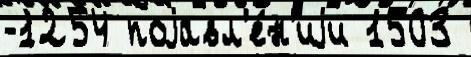
-1254 поjавл'е́н'иjи 1503